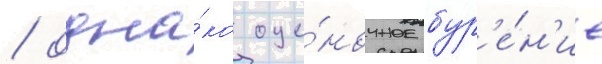
/ одна́ко оце́ночное бур'е́н'ие